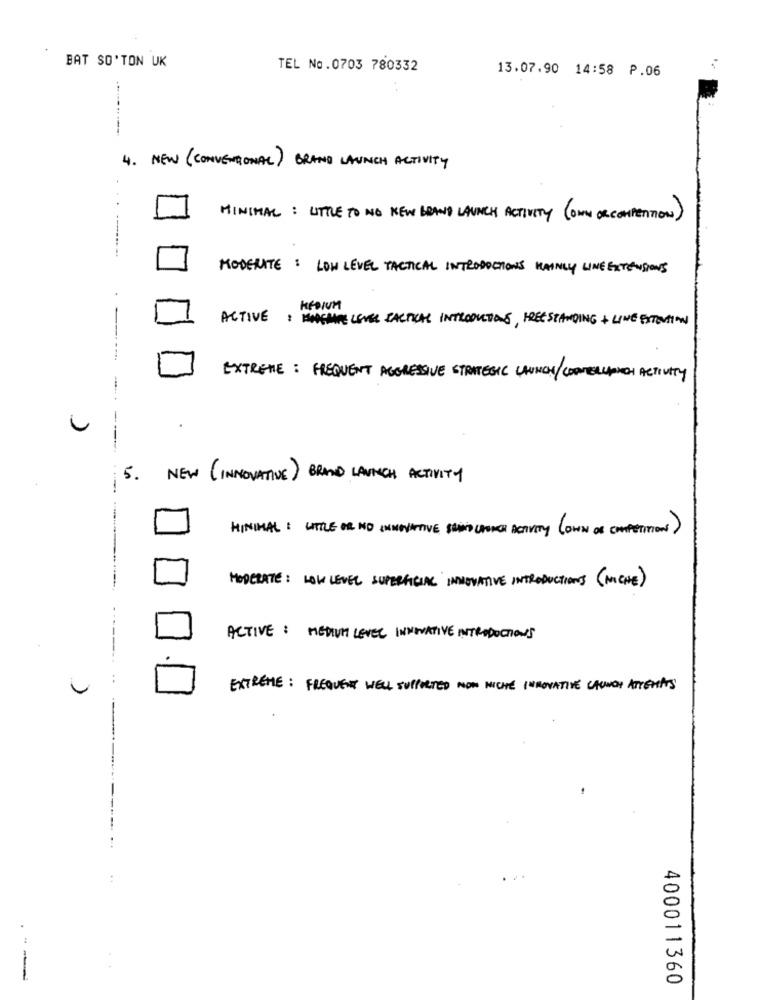
BAT SO'TON UK
TEL No.0703 780332
13.07.90 14:58 P.06
4. NEW (CONVENTIONAL) BRAND LAUNCH ACTIVITY
MINIMAL : LITTLE TO NO NEW BRAND LAUNCH ACTIVITY (ONE OR COMPETITION)
-----
MODERATE : LOW LEVEL TACTICAL INTRODUCTIONS MAINLY LINE EXTENSIONS
MEDIUM
ACTIVE : HARGRAVE LEVER TACTICAL INTRODUCTIONS, FREESTANDING + LINE EXTENTION
EXTREME : FREQUENT AGGRESSIVE STRATEGIC LUNCH/COMMERUPICH ACTIVITY
5.
NEW (INNOVATIVE) BRAND LAUNCH ACTIVITY
MINIMAL : LITTLE OR NO INNOVATIVE SHIND CHURCH ACTIVITY (OWN OF COMPETITION)
MODERATE: LOW LEVEL SUPERFICIAL INNOVATIVE INTRODUCTIONS (MICHE)
ACTIVE : MEDIUM LEVEL INNOVATIVE INTRODUCTIONS
-------
:
EXTREME : FREQUENT WELL SUPPORTED NOW NICHE INNOVATIVE LAUNCH ATTENTATS
---.
---
400011360